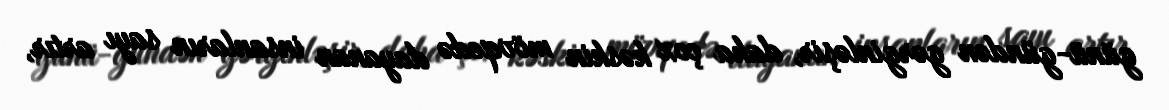
günü-gündən gərginləşir, daha çox kəskin mövqedə dayanan insanların sayı artır,